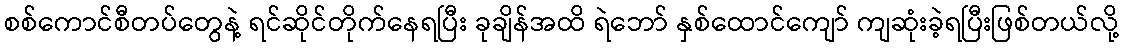
စစ်ကောင်စီတပ်တွေနဲ့ ရင်ဆိုင်တိုက်နေရပြီး ခုချိန်အထိ ရဲဘော် နှစ်ထောင်ကျော် ကျဆုံးခဲ့ရပြီးဖြစ်တယ်လို့